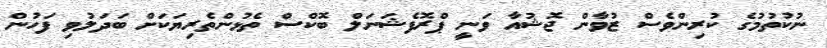
ނުކުތުމުގެ ކުރިންވެސް ޒުވާން ޖޮޝުއާ ވަނީ ޕްރޮފެޝަނަލް ބޮކްސް ތެޅުންތެރިޔަކަށް ބަދަލުވި ފަހުން